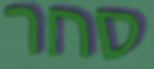
סחר